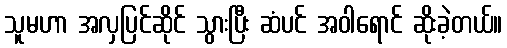
သူမဟာ အလှပြင်ဆိုင် သွားပြီး ဆံပင် အဝါရောင် ဆိုးခဲ့တယ်။